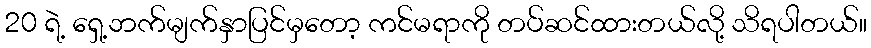
20 ရဲ့ ရှေ့ဘက်မျက်နှာပြင်မှတော့ ကင်မရာကို တပ်ဆင်ထားတယ်လို့ သိရပါတယ်။